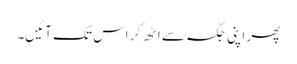
پھر اپنی جگہ سے اٹھ کر اس تک آئیں۔